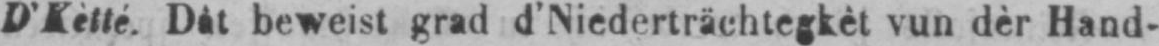
D’Kètté. Dât beweist grad d’Niederträchtegkèt vun dèr Hand-